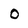
Character: 0